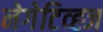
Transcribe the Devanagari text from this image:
नेगेटिव्ह्ज